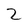
Character: 2